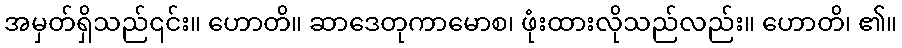
အမှတ်ရှိသည်၎င်း။ ဟောတိ။ ဆာဒေတုကာမောစ၊ ဖုံးထားလိုသည်လည်း။ ဟောတိ၊ ၏။